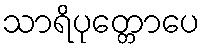
သာရိပုတ္တောပေ